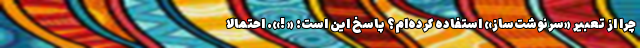
چرا از تعبیر «سرنوشت‌ساز» استفاده کرده‌ام؟ پاسخ این است: « !». احتمالا